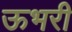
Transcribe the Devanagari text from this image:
ऊभरी